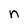
Character: n